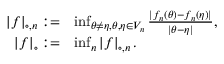
\begin{array} { r l } { \left\lvert f \right\rvert _ { \circ , n } : = } & { \operatorname* { i n f } _ { { \boldsymbol { \theta } } \neq { \boldsymbol { \eta } } , { \boldsymbol { \theta } } , { \boldsymbol { \eta } } \in V _ { n } } \frac { | f _ { n } ( { \boldsymbol { \theta } } ) - f _ { n } ( { \boldsymbol { \eta } } ) | } { | { \boldsymbol { \theta } } - { \boldsymbol { \eta } } | } , } \\ { \left| f \right| _ { \circ } : = } & { \operatorname* { i n f } _ { n } \left\lvert f \right\rvert _ { \circ , n } . } \end{array}